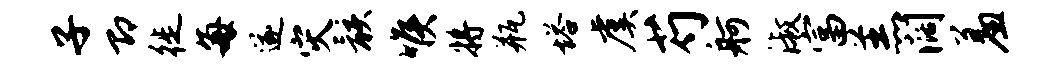
子即徙每遂灾骸喉将瓶塔虞芍舸淑富羔阔羞